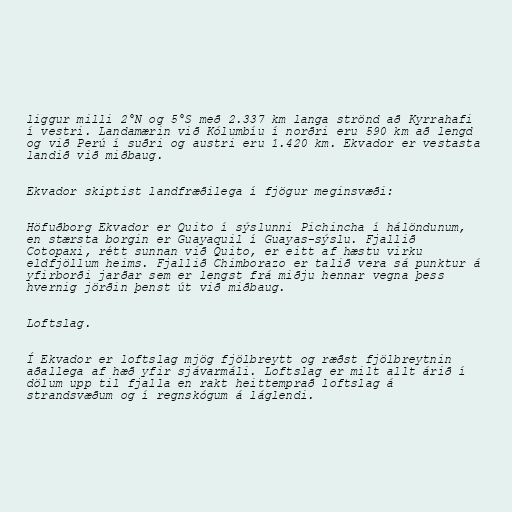
liggur milli 2°N og 5°S með 2.337 km langa strönd að Kyrrahafi
í vestri. Landamærin við Kólumbíu í norðri eru 590 km að lengd
og við Perú í suðri og austri eru 1.420 km. Ekvador er vestasta
landið við miðbaug.

Ekvador skiptist landfræðilega í fjögur meginsvæði:

Höfuðborg Ekvador er Quito í sýslunni Pichincha í hálöndunum,
en stærsta borgin er Guayaquil í Guayas-sýslu. Fjallið
Cotopaxi, rétt sunnan við Quito, er eitt af hæstu virku
eldfjöllum heims. Fjallið Chimborazo er talið vera sá punktur á
yfirborði jarðar sem er lengst frá miðju hennar vegna þess
hvernig jörðin þenst út við miðbaug.

Loftslag.

Í Ekvador er loftslag mjög fjölbreytt og ræðst fjölbreytnin
aðallega af hæð yfir sjávarmáli. Loftslag er milt allt árið í
dölum upp til fjalla en rakt heittemprað loftslag á
strandsvæðum og í regnskógum á láglendi.